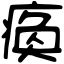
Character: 瘓